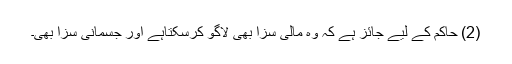
(2) حاکم کے لیے جائز ہے کہ وہ مالی سزا بھی لاگو کرسکتاہے اور جسمانی سزا بھی۔